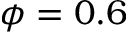
\phi = 0 . 6